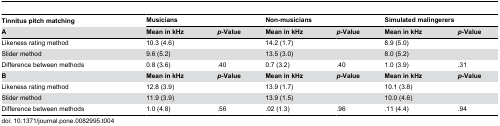
| Tinnitus pitch matching | <COLSPAN=2> Musicians | <COLSPAN=2> Non-musicians | <COLSPAN=2> Simulated malingerers |
 | A | Mean in kHz | p-Value | Mean in kHz | p-Value | Mean in kHz | p-Value |
 | --- | --- | --- | --- | --- | --- | --- |
 | Likeness rating method | 10.3 (4.6) |  | 14.2 (1.7) |  | 8.9 (5.0) |  |
 | Slider method | 9.6 (5.2) |  | 13.5 (3.0) |  | 8.0 (5.2) |  |
 | Difference between methods | 0.8 (3.6) | .40 | 0.7 (3.2) | .40 | 1.0 (3.9) | .31 |
 | B | Mean in kHz | p-Value | Mean in kHz | p-Value | Mean in kHz | p-Value |
 | Likeness rating method | 12.8 (3.9) |  | 13.9 (1.7) |  | 10.1 (3.8) |  |
 | Slider method | 11.9 (3.9) |  | 13.9 (1.5) |  | 10.0 (4.6) |  |
 | Difference between methods | 1.0 (4.8) | .56 | .02 (1.3) | .96 | .11 (4.4) | .94 |